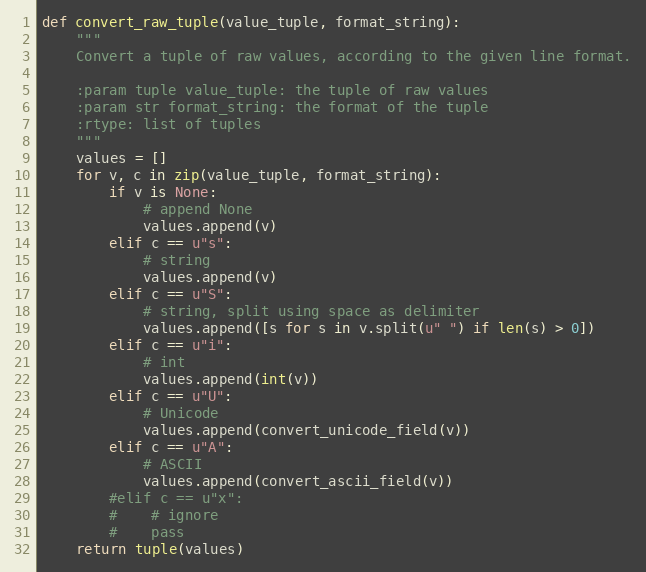
Language: Python
def convert_raw_tuple(value_tuple, format_string):
    """
    Convert a tuple of raw values, according to the given line format.

    :param tuple value_tuple: the tuple of raw values
    :param str format_string: the format of the tuple
    :rtype: list of tuples
    """
    values = []
    for v, c in zip(value_tuple, format_string):
        if v is None:
            # append None
            values.append(v)
        elif c == u"s":
            # string
            values.append(v)
        elif c == u"S":
            # string, split using space as delimiter
            values.append([s for s in v.split(u" ") if len(s) > 0])
        elif c == u"i":
            # int
            values.append(int(v))
        elif c == u"U":
            # Unicode
            values.append(convert_unicode_field(v))
        elif c == u"A":
            # ASCII
            values.append(convert_ascii_field(v))
        #elif c == u"x":
        #    # ignore
        #    pass
    return tuple(values)